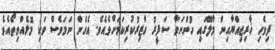
ދިވެހި ޚާރިޖިއްޔާއިން މާލޭގައި ހުންނަވާ ސަފީރު ހާޒިރުކުރިކަމަށްވެއެވެ. އެހެން ނަމަވެސް ވަކި މޮޅެއްވިތޯއެވެ